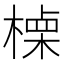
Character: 𣙏